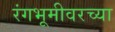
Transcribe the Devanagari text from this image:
रंगभूमीवरच्या